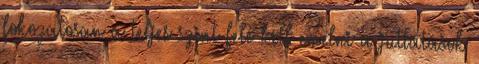
fokozatosan a teljes szint felé kell emelni a juttatások